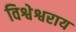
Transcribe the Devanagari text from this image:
विश्वेश्वराय